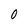
Character: 0